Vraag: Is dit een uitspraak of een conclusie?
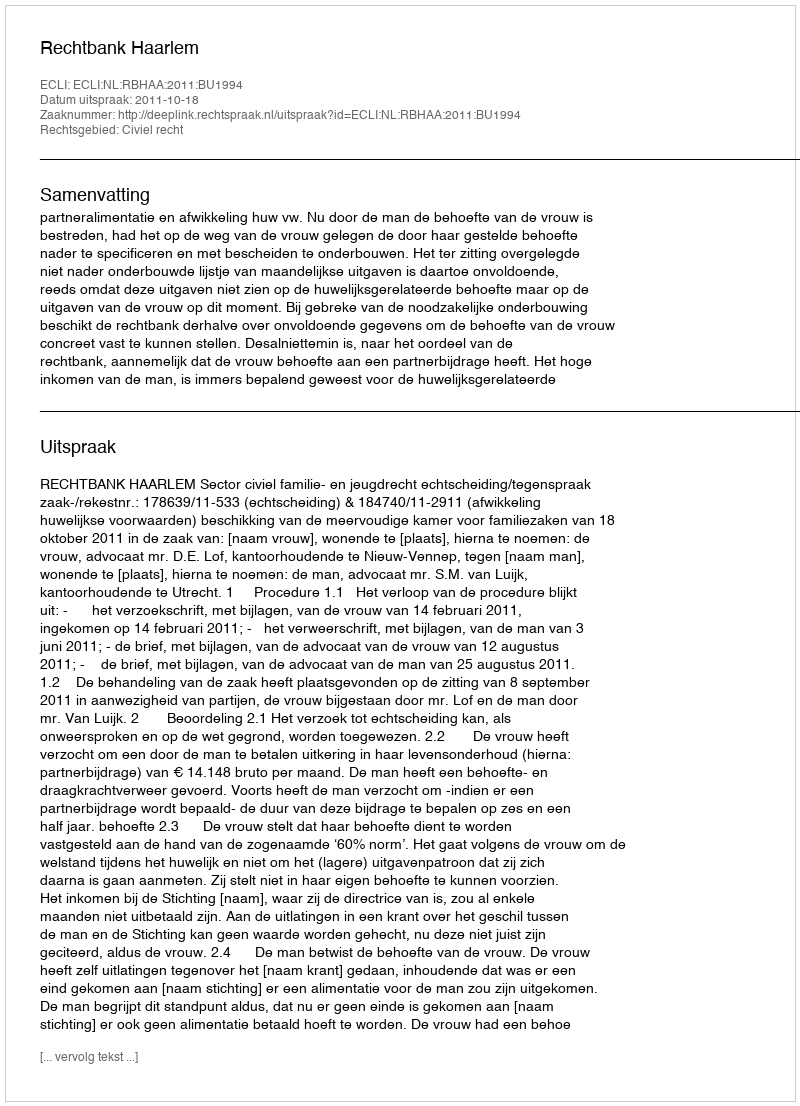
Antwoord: Uitspraak